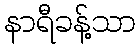
နာရီခန့်သာ